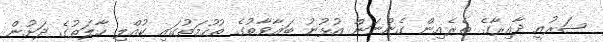
ޝަރުއީ ދާއިރާގެ ތެރެއިން ގެންނަން އުޅުނު ބަޣާވާތުގެ ތުހުމަތުގައި ކުއްލި ހާލަތުގެ ދަށުން